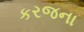
કરજના